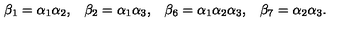
\begin{array} { l l l l } { \beta _ { 1 } = \alpha _ { 1 } \alpha _ { 2 } , } & { \beta _ { 2 } = \alpha _ { 1 } \alpha _ { 3 } , } & { \beta _ { 6 } = \alpha _ { 1 } \alpha _ { 2 } \alpha _ { 3 } , } & { \beta _ { 7 } = \alpha _ { 2 } \alpha _ { 3 } . } \\ \end{array}